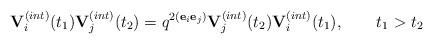
LaTeX: \begin{align*}{\bf V}^{(int)}_{i}(t_1){\bf V}^{(int)}_{j}(t_2)=q^{2({\bf e}_i{\bf e}_j)}{\bf V}^{(int)}_{j}(t_2){\bf V}^{(int)}_{i}(t_1),\qquad t_1>t_2\end{align*}